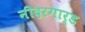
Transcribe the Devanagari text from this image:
नीदरगार्ड